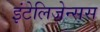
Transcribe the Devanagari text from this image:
इंटेलिजेन्सस